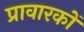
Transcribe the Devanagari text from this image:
प्रावारकों